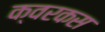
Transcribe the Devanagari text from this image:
क्वरकस